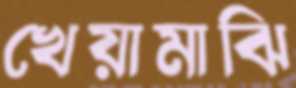
খেয়ামাঝি